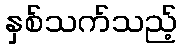
နှစ်သက်သည့်